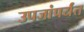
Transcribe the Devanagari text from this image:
उपजांपर्यंत